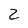
Character: 2